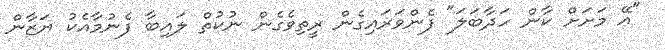
"އޭ މަށަށް ކާން ހަދާބަލަ" ފެންވަރައިގެން ރީތިވެގެން ނުކުތް ލައިބާ ފެނުމާއެކު ޔަޒާން